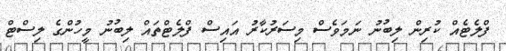
ފްލެޓެއް ކުރިން ލިބުނު ނަމަވެސް މިސަރުކާރު އައިސް ފްލެޓްތައް ލިބުނު މީހުންގެ ލިސްޓް